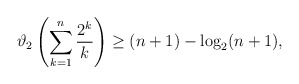
\begin{align*}\vartheta_2\left(\sum_{k = 1}^{n} \frac{2^k}{k}\right) \geq (n + 1) - \log_2(n + 1) ,\end{align*}